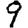
Digit: 9